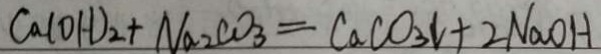
C a ( O H ) _ { 2 } + N a _ { 2 } C O _ { 3 } = C a C O _ { 3 } \downarrow + 2 N a O H